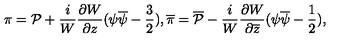
\pi = { \cal P } + \frac { i } { W } \frac { \partial W } { \partial z } ( \psi \overline { { \psi } } - \frac { 3 } { 2 } ) , \overline { { \pi } } = \overline { { { \cal P } } } - \frac { i } { W } \frac { \partial W } { \partial \overline { { z } } } ( \psi \overline { { \psi } } - \frac { 1 } { 2 } ) ,